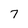
Character: 7